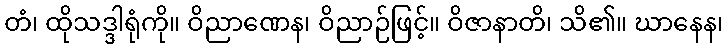
တံ၊ ထိုသဒ္ဒါရုံကို။ ဝိညာဏေန၊ ဝိညာဉ်ဖြင့်။ ဝိဇာနာတိ၊ သိ၏။ ဃာနေန၊